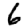
Digit: 6